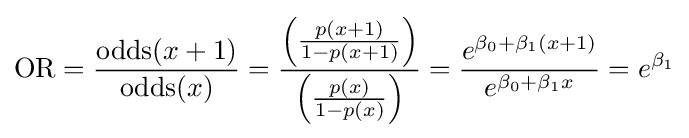
\mathrm {OR} ={\frac {\operatorname {odds} (x+1)}{\operatorname {odds} (x)}}={\frac {\left({\frac {p(x+1)}{1-p(x+1)}}\right)}{\left({\frac {p(x)}{1-p(x)}}\right)}}={\frac {e^{\beta _{0}+\beta _{1}(x+1)}}{e^{\beta _{0}+\beta _{1}x}}}=e^{\beta _{1}}